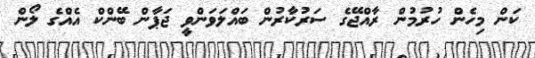
ކަން މިހެން ހުރުމުން ރާއްޖޭގެ ސަރުކާރުން ބައްލަވަންވީ ޖަޕާން ބޭންކް އެއްގެ ލޯން